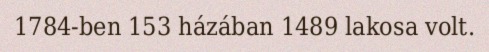
1784-ben 153 házában 1489 lakosa volt.